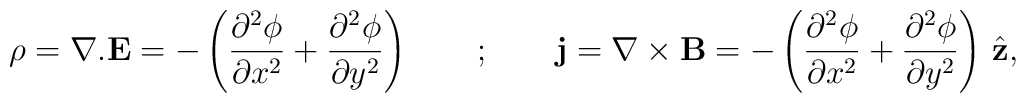
\rho = {\bf \nabla}.{\bf E}= -\left({\partial^2 \phi \over {\partial x^2}}+ {\partial^2 \phi \over {\partial y^2}}\right)\qquad;\qquad{\bf j} = {\bf \nabla}\times{\bf B}= -\left({\partial^2 \phi \over {\partial x^2}}+{\partial^2 \phi \over {\partial y^2}}\right)\,{\hat {\bf z}},